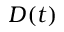
D ( t )